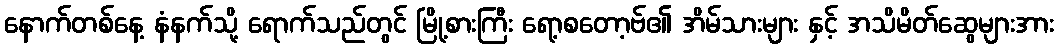
နောက်တစ်နေ့ နံနက်သို့ ရောက်သည်တွင် မြို့စားကြီး ရော့စတော့ဗ်၏ အိမ်သားများ နှင့် အသိမိတ်ဆွေများအား